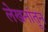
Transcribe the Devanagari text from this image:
लेखनांतून